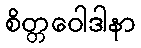
စိတ္တဝေါဒါနာ